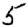
Digit: 5